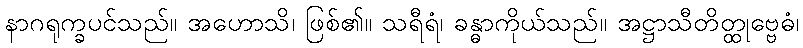
နာဂရုက္ခပင်သည်။ အဟောသိ၊ ဖြစ်၏။ သရီရံ၊ ခန္ဓာကိုယ်သည်။ အဋ္ဌာသီတိတ္ထုဗ္ဗေဓံ၊